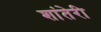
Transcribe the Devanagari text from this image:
शांतेरी